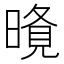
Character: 𭧐